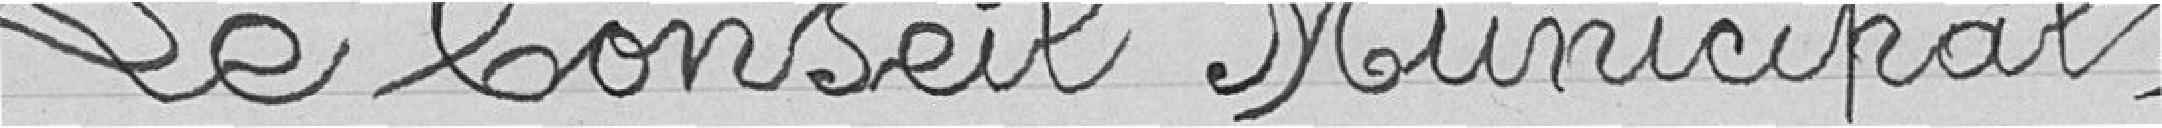
Le Conseil Municipal